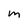
Character: m